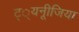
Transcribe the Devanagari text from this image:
ट््यनूीजिया